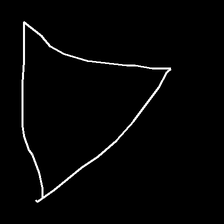
Glyph: convergence